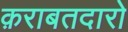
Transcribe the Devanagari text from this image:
क़राबतदारो